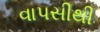
વાપસીથી